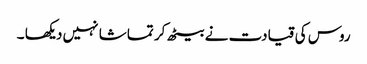
روس کی قیادت نے بیٹھ کر تماشا نہیں دیکھا ۔